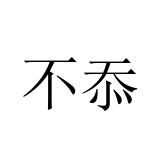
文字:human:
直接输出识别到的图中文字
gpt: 不忝